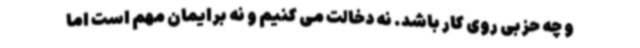
و چه حزبی روی کار باشد. نه دخالت می کنیم و نه برایمان مهم است اما